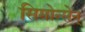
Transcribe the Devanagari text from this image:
सिमोन्सेन्